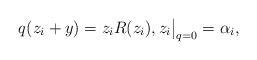
LaTeX: \begin{align*}q(z_i+y)=z_iR(z_i), z_i\big{|}_{q=0}=\alpha_i,\end{align*}